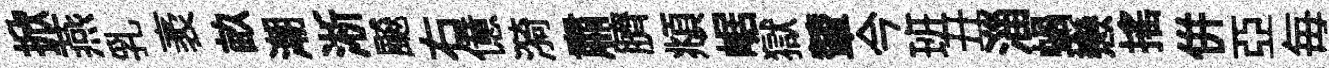
掀燕乳袤畝潮淅飇右億漪肅臍頫崌獄輦今班丑淄蝸戀揺併亞毎